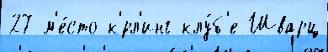
27 м'е́сто к'́рл'инг-клу́б'е Шварц